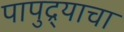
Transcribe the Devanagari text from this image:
पापुद्र्याचा